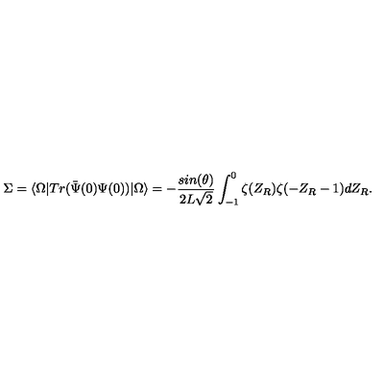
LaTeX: \Sigma = \langle \Omega \vert T r ( { \bar { \Psi } ( 0 ) } \Psi ( 0 ) ) \vert \Omega \rangle = - { \frac { s i n ( \theta ) } { 2 L \sqrt { 2 } } } \int _ { - 1 } ^ { 0 } \zeta ( Z _ { R } ) \zeta ( - Z _ { R } - 1 ) d Z _ { R } .